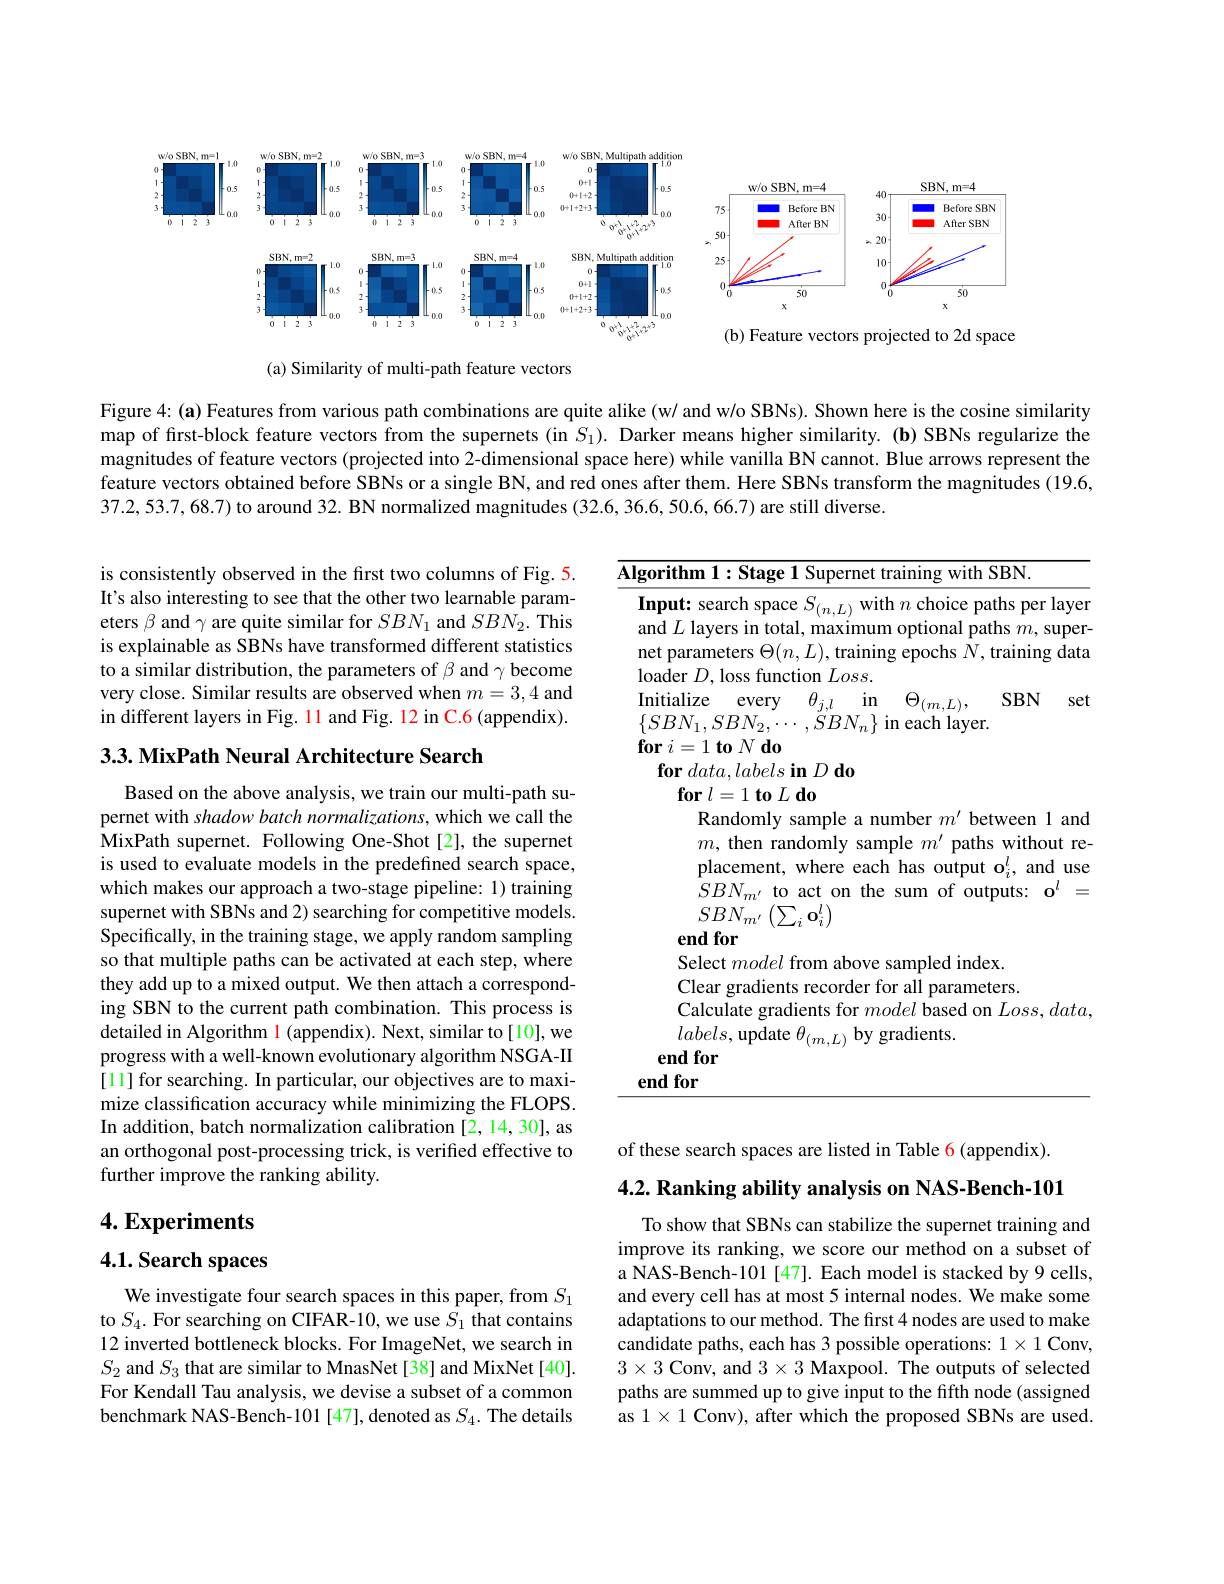
<FigureHere>

(a) Similarity of multi-path feature vectors

Figure $4:(\mathbf{a})$ Features from various path combinations are quite alike (w/ and w/o SBNs). Shown here is the cosine similarity map of first-block feature vectors from the supernets (in $S_1).$ Darker means higher similarity. (b) SBNs regularize the magnitudes of feature vectors (projected into 2-dimensional space here) while vanilla BN cannot. Blue arrows represent the feature vectors obtained before SBNs or a single BN, and red ones after them. Here SBNs transform the magnitudes (19.6, 37.2,53.7,68.7) to around 32. BN normalized magnitudes (32.6, 36.6, 50.6, 66.7) are still diverse.

is consistently observed in the first two columns of Fig. 5. It's also interesting to see that the other two learnable parameters $\beta$ and $\gamma$ are quite similar for $SBN_1$ and $SBN_2.$ This is explainable as SBNs have transformed different statistics to a similar distribution, the parameters of $\beta$ and $\gamma$ become very close. Similar results are observed when $m=3,4$ and in different layers in Fig. 11 and Fig. 12 in C.6 (appendix).

$3. 3. \textbf{MixPath Neural Architecture Search}$

Based on the above analysis, we train our multi-path supernet with shadow batch normalizations, which we call the MixPath supernet. Following One-Shot[2], the supernet is used to evaluate models in the predefined search space, which makes our approach a two-stage pipeline: 1) training supernet with SBNs and 2) searching for competitive models. Specifically, in the training stage, we apply random sampling so that multiple paths can be activated at each step, where they add up to a mixed output. We then attach a corresponding SBN to the current path combination. This process is detailed in Algorithm $\color{red}1$ (appendix). Next, similar to[10], we progress with a well-known evolutionary algorithm NSGA-II [11] for searching. In particular, our objectives are to maximize classification accuracy while minimizing the FLOPS. In addition, batch normalization calibration [2,14,30], as an orthogonal post-processing trick, is verified effective to further improve the ranking ability.

of these search spaces are listed in Table 6(appendix). $4. 2. \textbf{ Ranking ability analysis on NAS- Bench- 101}$

4. Experiments

## 4.1. Search spaces

To show that SBNs can stabilize the supernet training and improve its ranking, we score our method on a subset of a NAS-Bench-101 [47]. Each model is stacked by 9 cells, and every cell has at most 5 internal nodes. We make some adaptations to our method. The first 4 nodes are used to make candidate paths, each has 3 possible operations: $1\times1$ Conv, $3\times3$ Conv, and $3\times3$ Maxpool. The outputs of selected paths are summed up to give input to the fifth node (assigned as 1× 1 Conv), after which the proposed SBNs are used.

We investigate four search spaces in this paper, from $S_1$ to $S_4.$ For searching on CIFAR-10, we use $S_1$ that contains 12 inverted bottleneck blocks. For ImageNet, we search in $S_{2}$ and $S_3$ that are similar to MnasNet [38] and MixNet[40]. For Kendall Tau analysis, we devise a subset of a common benchmark NAS-Bench-101 [47], denoted as $S_{4}.$ The details